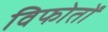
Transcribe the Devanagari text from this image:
विफोतों